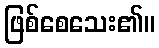
ဖြစ်စေသေး၏။